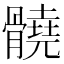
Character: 髐